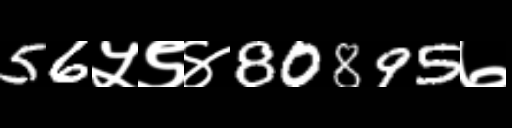
Text: 56५९४80895७